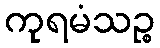
ကုရမံသဉ္စ